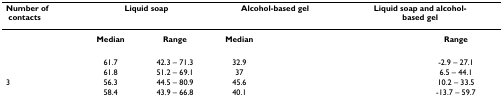
<table><thead><tr><td><b>Number of contacts</b></td><td colspan="2"><b>Liquid soap</b></td><td colspan="2"><b>Alcohol-based gel</b></td><td colspan="2"><b>Liquid soap and alcohol-based gel</b></td></tr></thead><tbody><tr><td>[EMPTY_CELL]</td><td><b>Median</b></td><td><b>Range</b></td><td><b>Median</b></td><td>[EMPTY_CELL]</td><td>[EMPTY_CELL]</td><td><b>Range</b></td></tr><tr><td>[EMPTY_CELL]</td><td>61.7</td><td>42.3 – 71.3</td><td>32.9</td><td>[EMPTY_CELL]</td><td>[EMPTY_CELL]</td><td>-2.9 – 27.1</td></tr><tr><td>[EMPTY_CELL]</td><td>61.8</td><td>51.2 – 69.1</td><td>37</td><td>[EMPTY_CELL]</td><td>[EMPTY_CELL]</td><td>6.5 – 44.1</td></tr><tr><td>3</td><td>56.3</td><td>44.5 – 80.9</td><td>45.6</td><td>[EMPTY_CELL]</td><td>[EMPTY_CELL]</td><td>10.2 – 33.5</td></tr><tr><td>[EMPTY_CELL]</td><td>58.4</td><td>43.9 – 66.8</td><td>40.1</td><td>[EMPTY_CELL]</td><td>[EMPTY_CELL]</td><td>-13.7 – 59.7</td></tr></tbody></table>